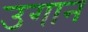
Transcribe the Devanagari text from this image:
उगान